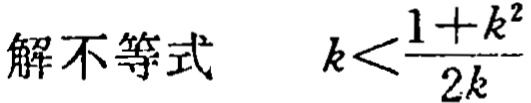
解不等式 \(k<\frac{1 + k^{2}}{2k}\)